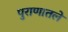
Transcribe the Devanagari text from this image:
पुराणातले